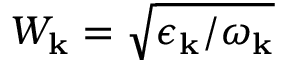
W _ { \mathbf { k } } = \sqrt { \epsilon _ { \mathbf { k } } / \omega _ { \mathbf { k } } }